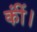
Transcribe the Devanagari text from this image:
कींं।